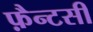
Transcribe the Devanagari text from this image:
फ़ैन्टसी